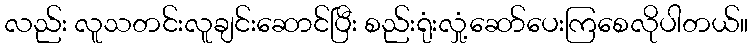
လည်း လူသတင်းလူချင်းဆောင်ပြီး စည်းရုံးလှုံ့ဆော်ပေးကြစေလိုပါတယ်။